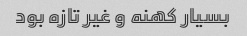
بسیار کهنه و غیر تازه بود